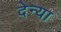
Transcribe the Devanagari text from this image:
देन्या